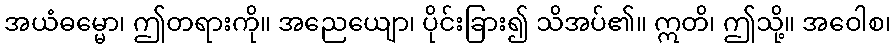
အယံဓမ္မော၊ ဤတရားကို။ အညေယျော၊ ပိုင်းခြား၍ သိအပ်၏။ ဣတိ၊ ဤသို့။ အဝေါစ၊